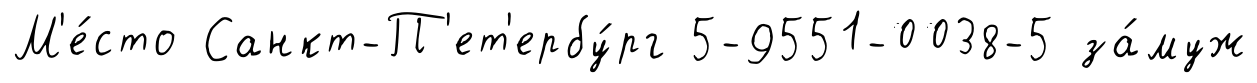
М'е́сто Санкт-П'ет'ербу́рг 5-9551-0038-5 за́муж